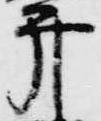
弁